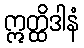
ဣတ္ထိဒါနံ